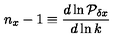
n _ { x } - 1 \equiv { \frac { d \ln { \cal P } _ { \delta x } } { d \ln k } }